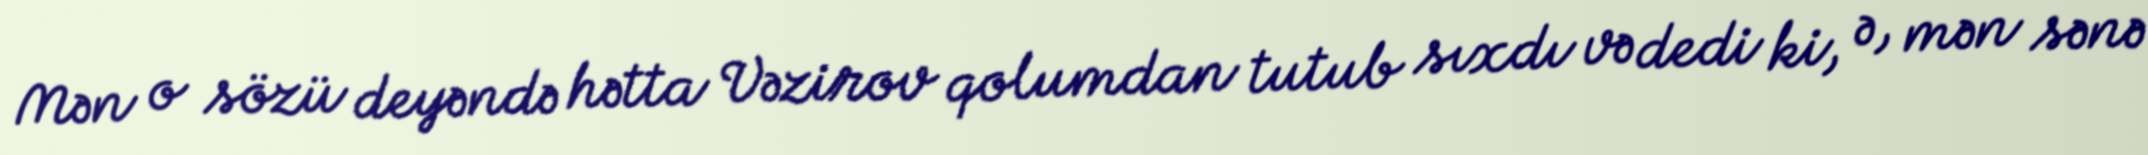
Mən o sözü deyəndə hətta Vəzirov qolumdan tutub sıxdı və dedi ki, ə, mən sənə